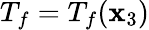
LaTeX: T_{f}=T_{f}(\mathbf{x}_{3})